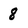
Character: 8